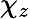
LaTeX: \chi_{z}